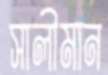
সালীমান